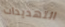
التهديدات